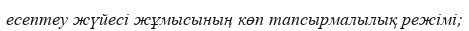
есептеу жүйесі жұмысының көп тапсырмалылық режімі;